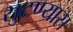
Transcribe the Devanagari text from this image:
सुटण्यास